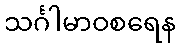
သင်္ဂါမာဝစရေန